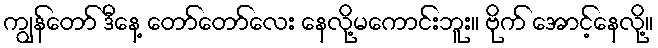
ကျွန်တော် ဒီနေ့ တော်တော်လေး နေလို့မကောင်းဘူး။ ဗိုက် အောင့်နေလို့။